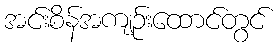
အင်းစိန်အကျဉ်းထောင်တွင်